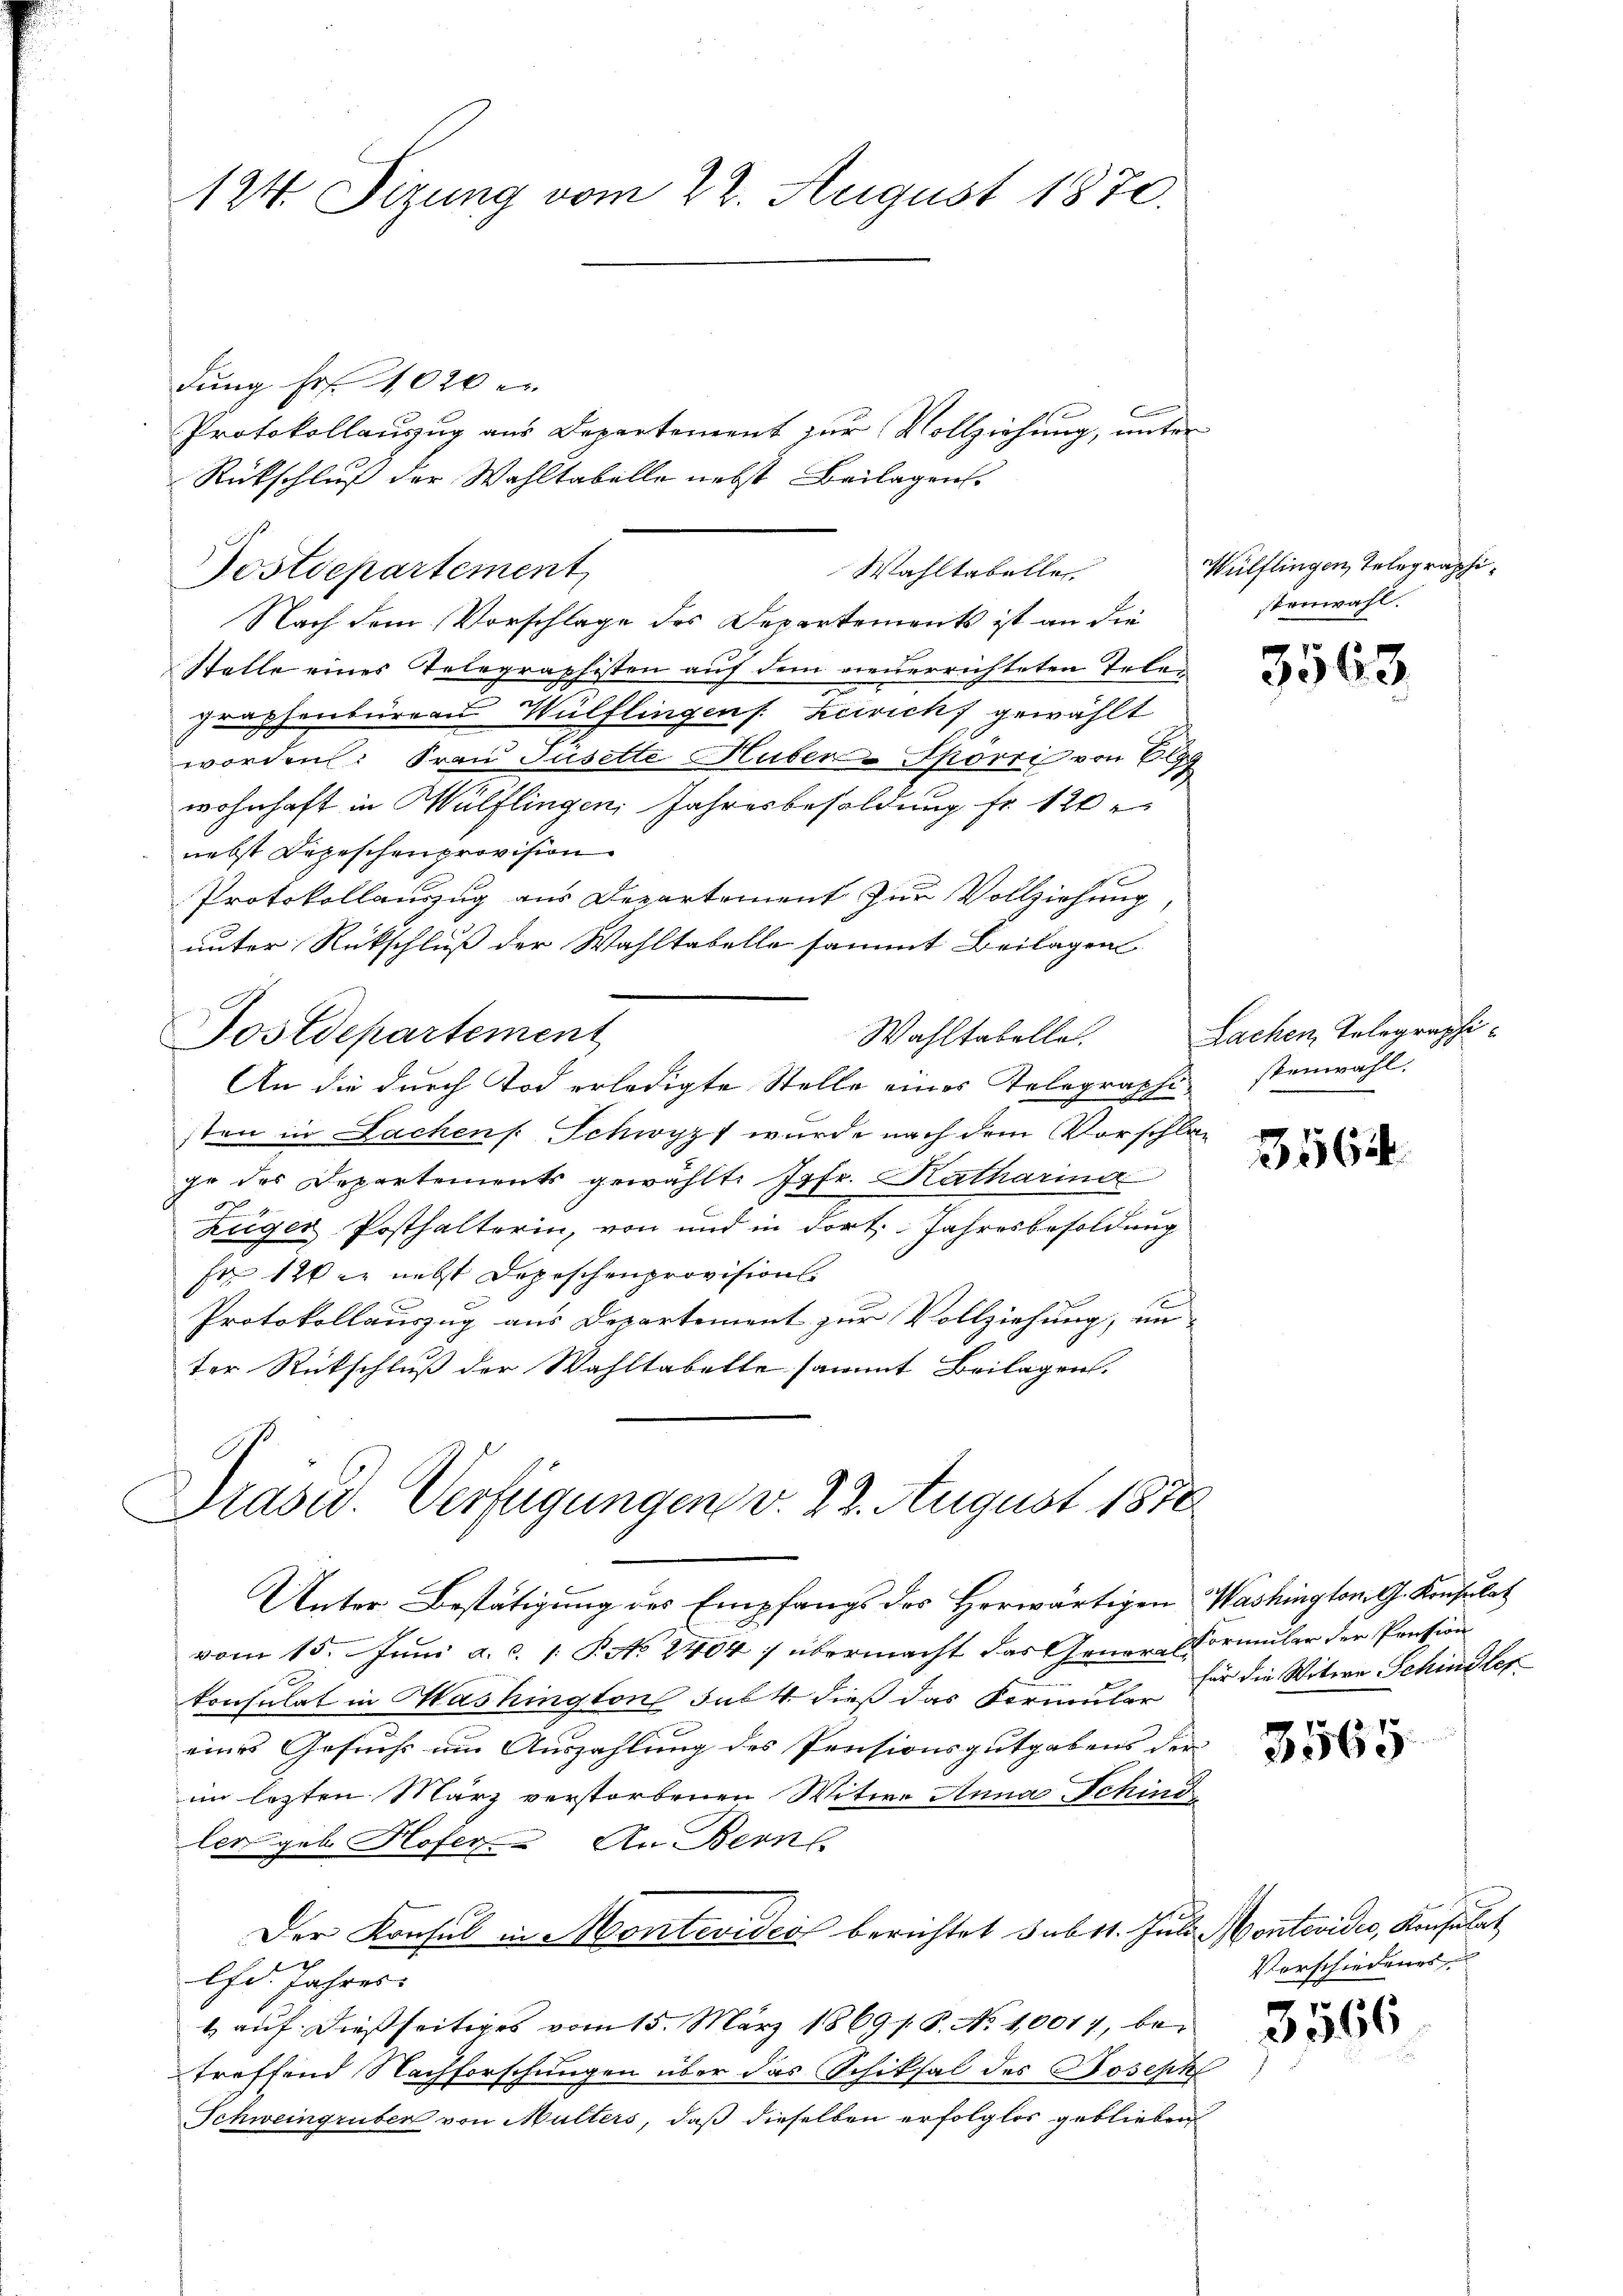
124. Sizung vom 22. August 1870.

dung Fr. 1020 e
Protokollauszug aus Departement zur Vollziehung, unter
Rückschluß der Wahltabelle nebst Beilagen.
Sostdepartement
Nach dem Vorschlage des Departements ist an die
Stelle eines Telegraphisten auf dem neuerrichteten Telegraphenbureau Wülflingen s. zerricht gewählt
worden: Frau Füsette Huber - Spörri von 6
wohnhaft in Wülflingen Jahresbesoldung fr. 120
nebst Depeschenprovision
Protokollauszug aus Departement zur Vollziehung
unter Rückschluß der Wahltabelle sammt Beilagen
An die durch Tod erledigte Stelle eines Telegrasten in Lachen Schwyz wurde nach dem Vorschlage des Departements gewählt. Jrfe. Katharina
Züger Posthalterin, von und in dort. Jahresbesoldung
Fr 120 er nebst Depeschenprovisions¬
Protokollauszug aus Departement zur Vollziehung, un-
ter Rückschluß der Wahltabelte sammt Beilagen.
Präsid. Verfügungen v. 23. August 1870
Unter Bestätigung des Empfangs des Herwärtigen Washington, G. Konsulat
vom 15. Juni a.c. [ P. No 2404) übermacht das Genere Vormular der Pension
konsulat in Mashington sub 4. dieß das Formular
eines Gesuchs um Auszahlung des Pensionsgutgabens der
im lezten März verstorbenen Witwe Anna Schind
ler geb. Hofern An Bern
Der Konsul in Montevideo berichtet sub 11. Juli Montevider, Konsulat
Chd. Jahres.
1) auf dießseitiges vom 15. März 186918. No 10017, bei
treffend Nachforschungen über das Schiksal des Joseph
Schweingruben von Multers, daß dieselben erfolglos geblieben

Sostdepartement

Wahltabelle

Wahltabelle. Sachen Telegraphi¬

Wülflingen, Telegraphistenwahl.

3563

rsfestenwahl.

3564

für die Witwe Schindler

3565

3566

Vorschiedenes